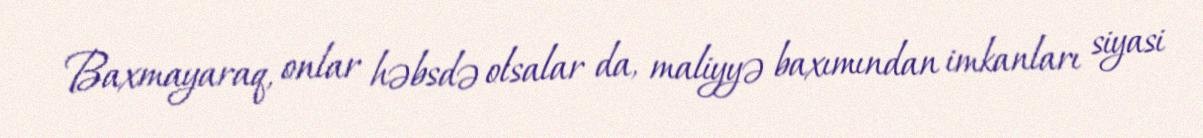
Baxmayaraq, onlar həbsdə olsalar da, maliyyə baxımından imkanları siyasi